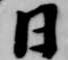
日